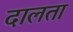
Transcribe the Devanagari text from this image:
दालता